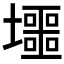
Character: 𡓐